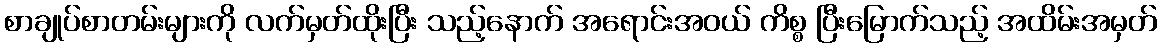
စာချုပ်စာတမ်းများကို လက်မှတ်ထိုးပြီး သည့်နောက် အရောင်းအဝယ် ကိစ္စ ပြီးမြောက်သည့် အထိမ်းအမှတ်